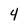
Character: 4